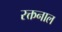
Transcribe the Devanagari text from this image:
रक्तनाल